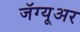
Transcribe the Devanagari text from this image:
जॅग्यूअर